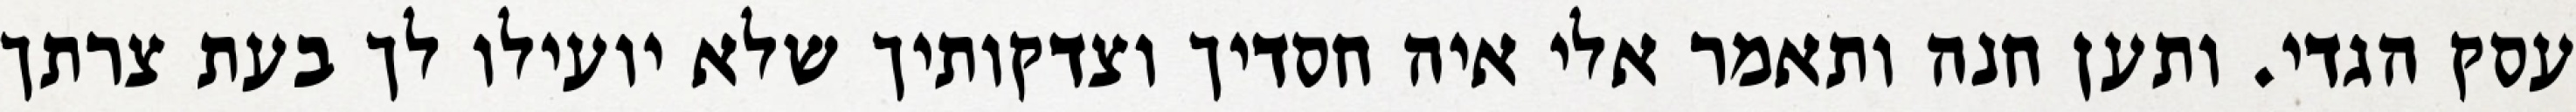
עסק הגדי. ותען חנה ותאמר אלי איה חסדיך וצדקותיך שלא יועילו לך בעת צרתך